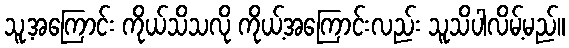
သူ့အကြောင်း ကိုယ်သိသလို ကိုယ့်အကြောင်းလည်း သူသိပါလိမ့်မည်။